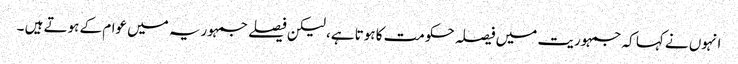
انہوں نے کہا کہ جمہوریت میں فیصلہ حکومت کا ہوتا ہے، لیکن فیصلے جمہوریہ میں عوام کے ہوتے ہیں ۔